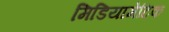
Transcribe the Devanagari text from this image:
मिडियामेटिक